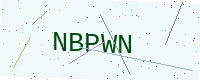
Text: NBPWN